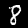
Digit: 8